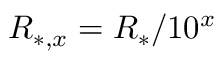
R _ { * , x } = R _ { * } / 1 0 ^ { x }